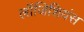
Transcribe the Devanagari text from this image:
लॉजिशियंस